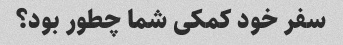
سفر خود کمکی شما چطور بود؟